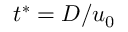
t ^ { * } = D / { { u } _ { 0 } }